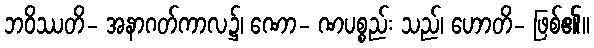
ဘဝိဿတိ- အနာဂတ်ကာလ၌၊ ဏော- ဏပစ္စည်း သည်၊ ဟောတိ- ဖြစ်၏။